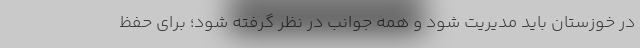
در خوزستان باید مدیریت شود و همه جوانب در نظر گرفته شود؛ برای حفظ